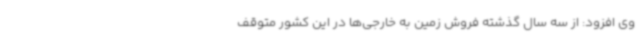
وی افزود: از سه سال گذشته فروش زمین به خارجی‌ها در این کشور متوقف